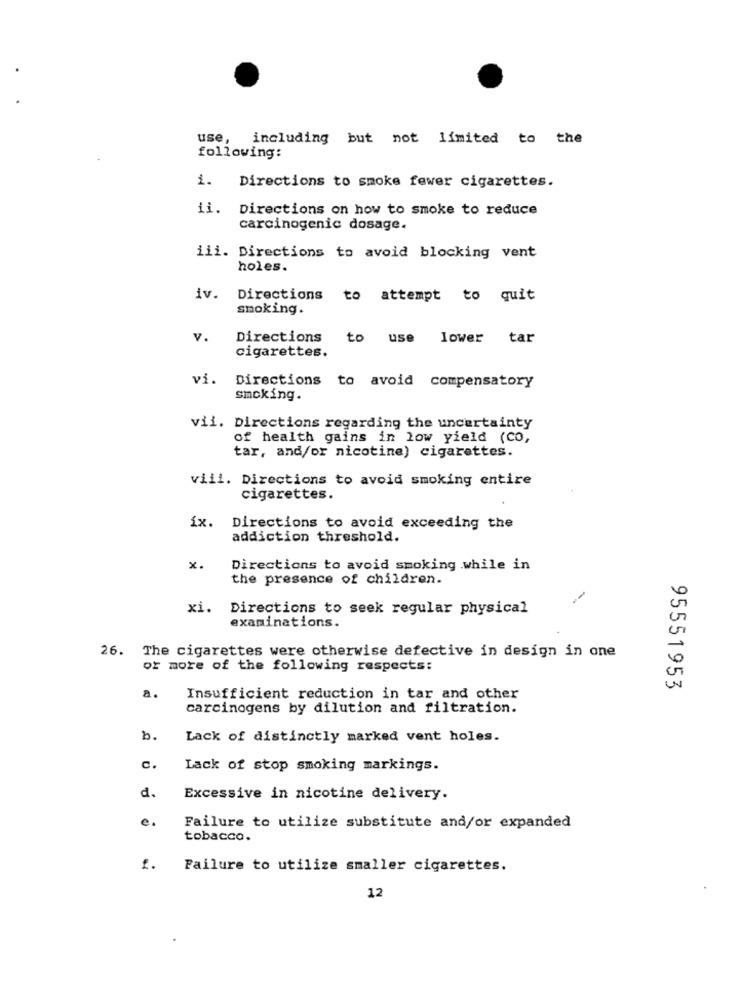
use,
including but not limited to the
following:
i. Directions to smoke fewer cigarettes.
ii.
Directions on how to smoke to reduce
carcinogenic dosage.
iii. Directions to avoid blocking vent
holes.
iv. Directions
to attempt to quit
smoking.
v.
Directions to use lower tar
cigarettes.
vi.
Directions to avoid compensatory
smoking.
vii. Directions regarding the uncertainty
of health gains in low yield (CO,
tar, and/or nicotine) cigarettes.
viii. Directions to avoid smoking entire
cigarettes.
ix. Directions to avoid exceeding the
addiction threshold.
x.
Directions to avoid smoking .while in
the presence of children.
xi. Directions to seek regular physical
examinations.
26. The cigarettes were otherwise defective in design in one
or more of the following respects:
95551953
a.
Insufficient reduction in tar and other
carcinogens by dilution and filtration.
b.
Lack of distinctly marked vent holes.
c.
Lack of stop smoking markings.
d.
Excessive in nicotine delivery.
e.
Failure to utilize substitute and/or expanded
tobacco.
Failure to utilize smaller cigarettes.
12